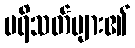
ပရိသတ်များ၏